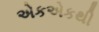
એકએકથી